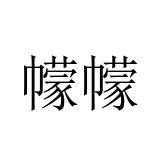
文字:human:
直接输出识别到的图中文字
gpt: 幪幪